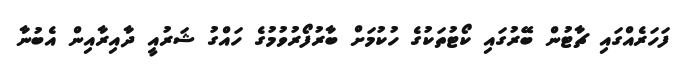
ފަހަރެއްގައި ޗާޓުން ބޭރުގައި ކޯޓުތަކުގެ ހުކުމަށް ބާރުފޯރުވުމުގެ ހައްގު ޝަރުއީ ދާއިރާއިން އެބުނާ